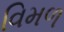
વિમળ